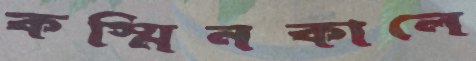
কস্মিনকালে